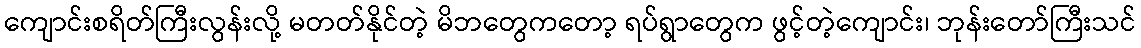
ကျောင်းစရိတ်ကြီးလွန်းလို့ မတတ်နိုင်တဲ့ မိဘတွေကတော့ ရပ်ရွာတွေက ဖွင့်တဲ့ကျောင်း၊ ဘုန်းတော်ကြီးသင်